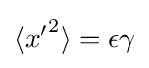
\langle {x'}^{2}\rangle =\epsilon \gamma